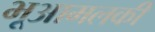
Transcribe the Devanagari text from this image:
भूआमलकी